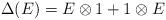
LaTeX: \begin{align*}\Delta(E) = E \otimes 1 + 1 \otimes E\end{align*}